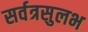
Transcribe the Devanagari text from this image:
सर्वत्रसुलभ